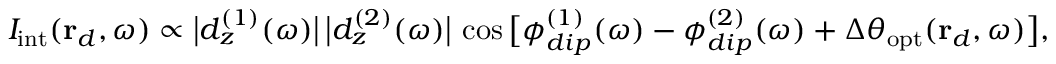
I _ { \mathrm { i n t } } ( \mathbf { r } _ { d } , \omega ) \propto \big \lvert d _ { z } ^ { ( 1 ) } ( \omega ) \big \rvert \, \big \lvert d _ { z } ^ { ( 2 ) } ( \omega ) \big \rvert \, \cos \big [ \phi _ { d i p } ^ { ( 1 ) } ( \omega ) - \phi _ { d i p } ^ { ( 2 ) } ( \omega ) + \Delta \theta _ { \mathrm { o p t } } ( \mathbf { r } _ { d } , \omega ) \big ] ,